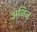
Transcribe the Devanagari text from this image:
अजिज